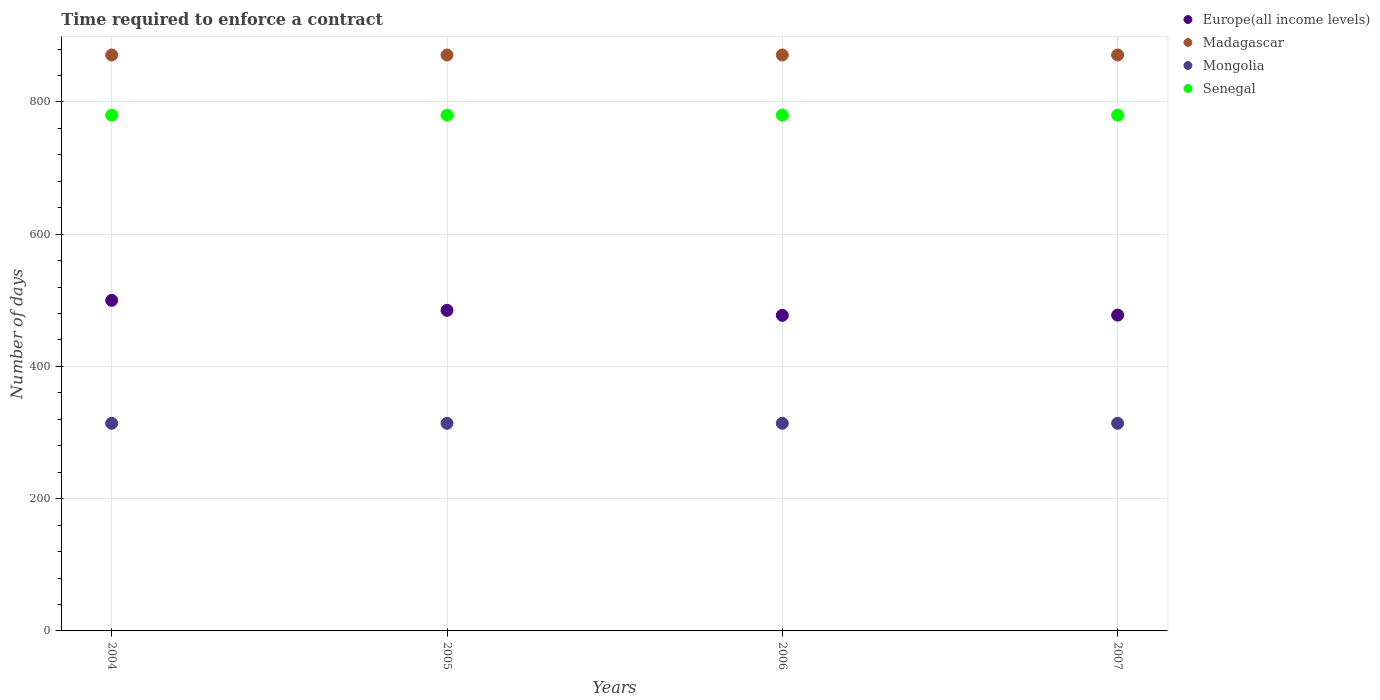
| Years | Europe(all income levels) | Madagascar | Mongolia | Senegal |
 | --- | --- | --- | --- | --- |
 | 2004 | 500 | 871 | 314 | 780 |
 | 2005 | 485 | 871 | 314 | 780 |
 | 2006 | 477 | 871 | 314 | 780 |
 | 2007 | 478 | 871 | 314 | 780 |